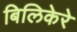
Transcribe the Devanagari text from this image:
बिलिकेरे